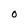
Character: O